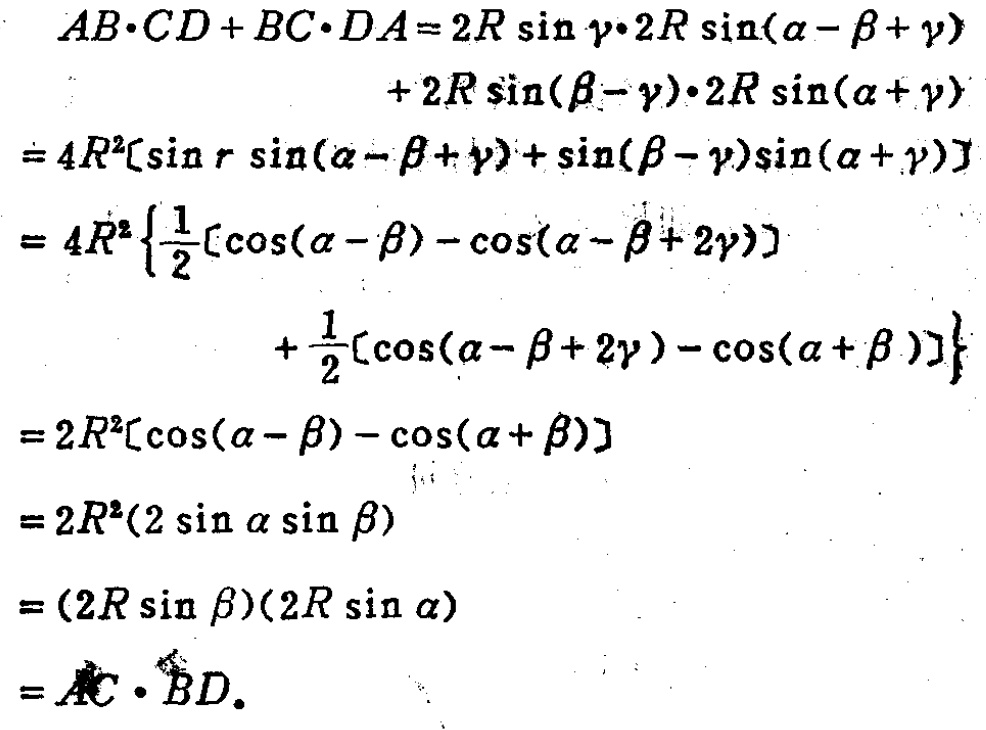
\begin{align*}
AB\cdot CD + BC\cdot DA&=2R\sin\gamma\cdot2R\sin(\alpha - \beta+\gamma)\\
&+ 2R\sin(\beta - \gamma)\cdot2R\sin(\alpha+\gamma)\\
&=4R^{2}[\sin\gamma\sin(\alpha - \beta+\gamma)+\sin(\beta - \gamma)\sin(\alpha+\gamma)]\\
&=4R^{2}\left\{\frac{1}{2}[\cos(\alpha - \beta)-\cos(\alpha - \beta + 2\gamma)]\right.\\
&\left.+\frac{1}{2}[\cos(\alpha - \beta + 2\gamma)-\cos(\alpha+\beta)]\right\}\\
&=2R^{2}[\cos(\alpha - \beta)-\cos(\alpha+\beta)]\\
&=2R^{2}(2\sin\alpha\sin\beta)\\
&=(2R\sin\beta)(2R\sin\alpha)\\
&=AC\cdot BD.
\end{align*}